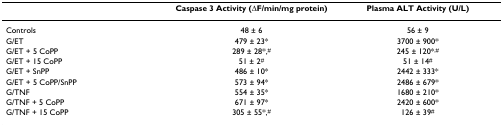
<table><thead><tr><td></td><td><b>Caspase 3 Activity (–F/min/mg protein)</b></td><td><b>Plasma ALT Activity (U/L)</b></td></tr></thead><tbody><tr><td>Controls</td><td>48 – 6</td><td>56 – 9</td></tr><tr><td>G/ET</td><td>479 – 23*</td><td>3700 – 900*</td></tr><tr><td>G/ET + 5 CoPP</td><td>289 – 28*,<sup>#</sup></td><td>245 – 120*<sup>,#</sup></td></tr><tr><td>G/ET + 15 CoPP</td><td>51 – 2<sup>#</sup></td><td>51 – 14<sup>#</sup></td></tr><tr><td>G/ET + SnPP</td><td>486 – 10*</td><td>2442 – 333*</td></tr><tr><td>G/ET + 5 CoPP/SnPP</td><td>573 – 94*</td><td>2486 – 679*</td></tr><tr><td>G/TNF</td><td>554 – 35*</td><td>1680 – 210*</td></tr><tr><td>G/TNF + 5 CoPP</td><td>671 – 97*</td><td>2420 – 600*</td></tr><tr><td>G/TNF + 15 CoPP</td><td>305 – 55*,<sup>#</sup></td><td>126 – 39<sup>#</sup></td></tr></tbody></table>